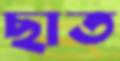
ছাত